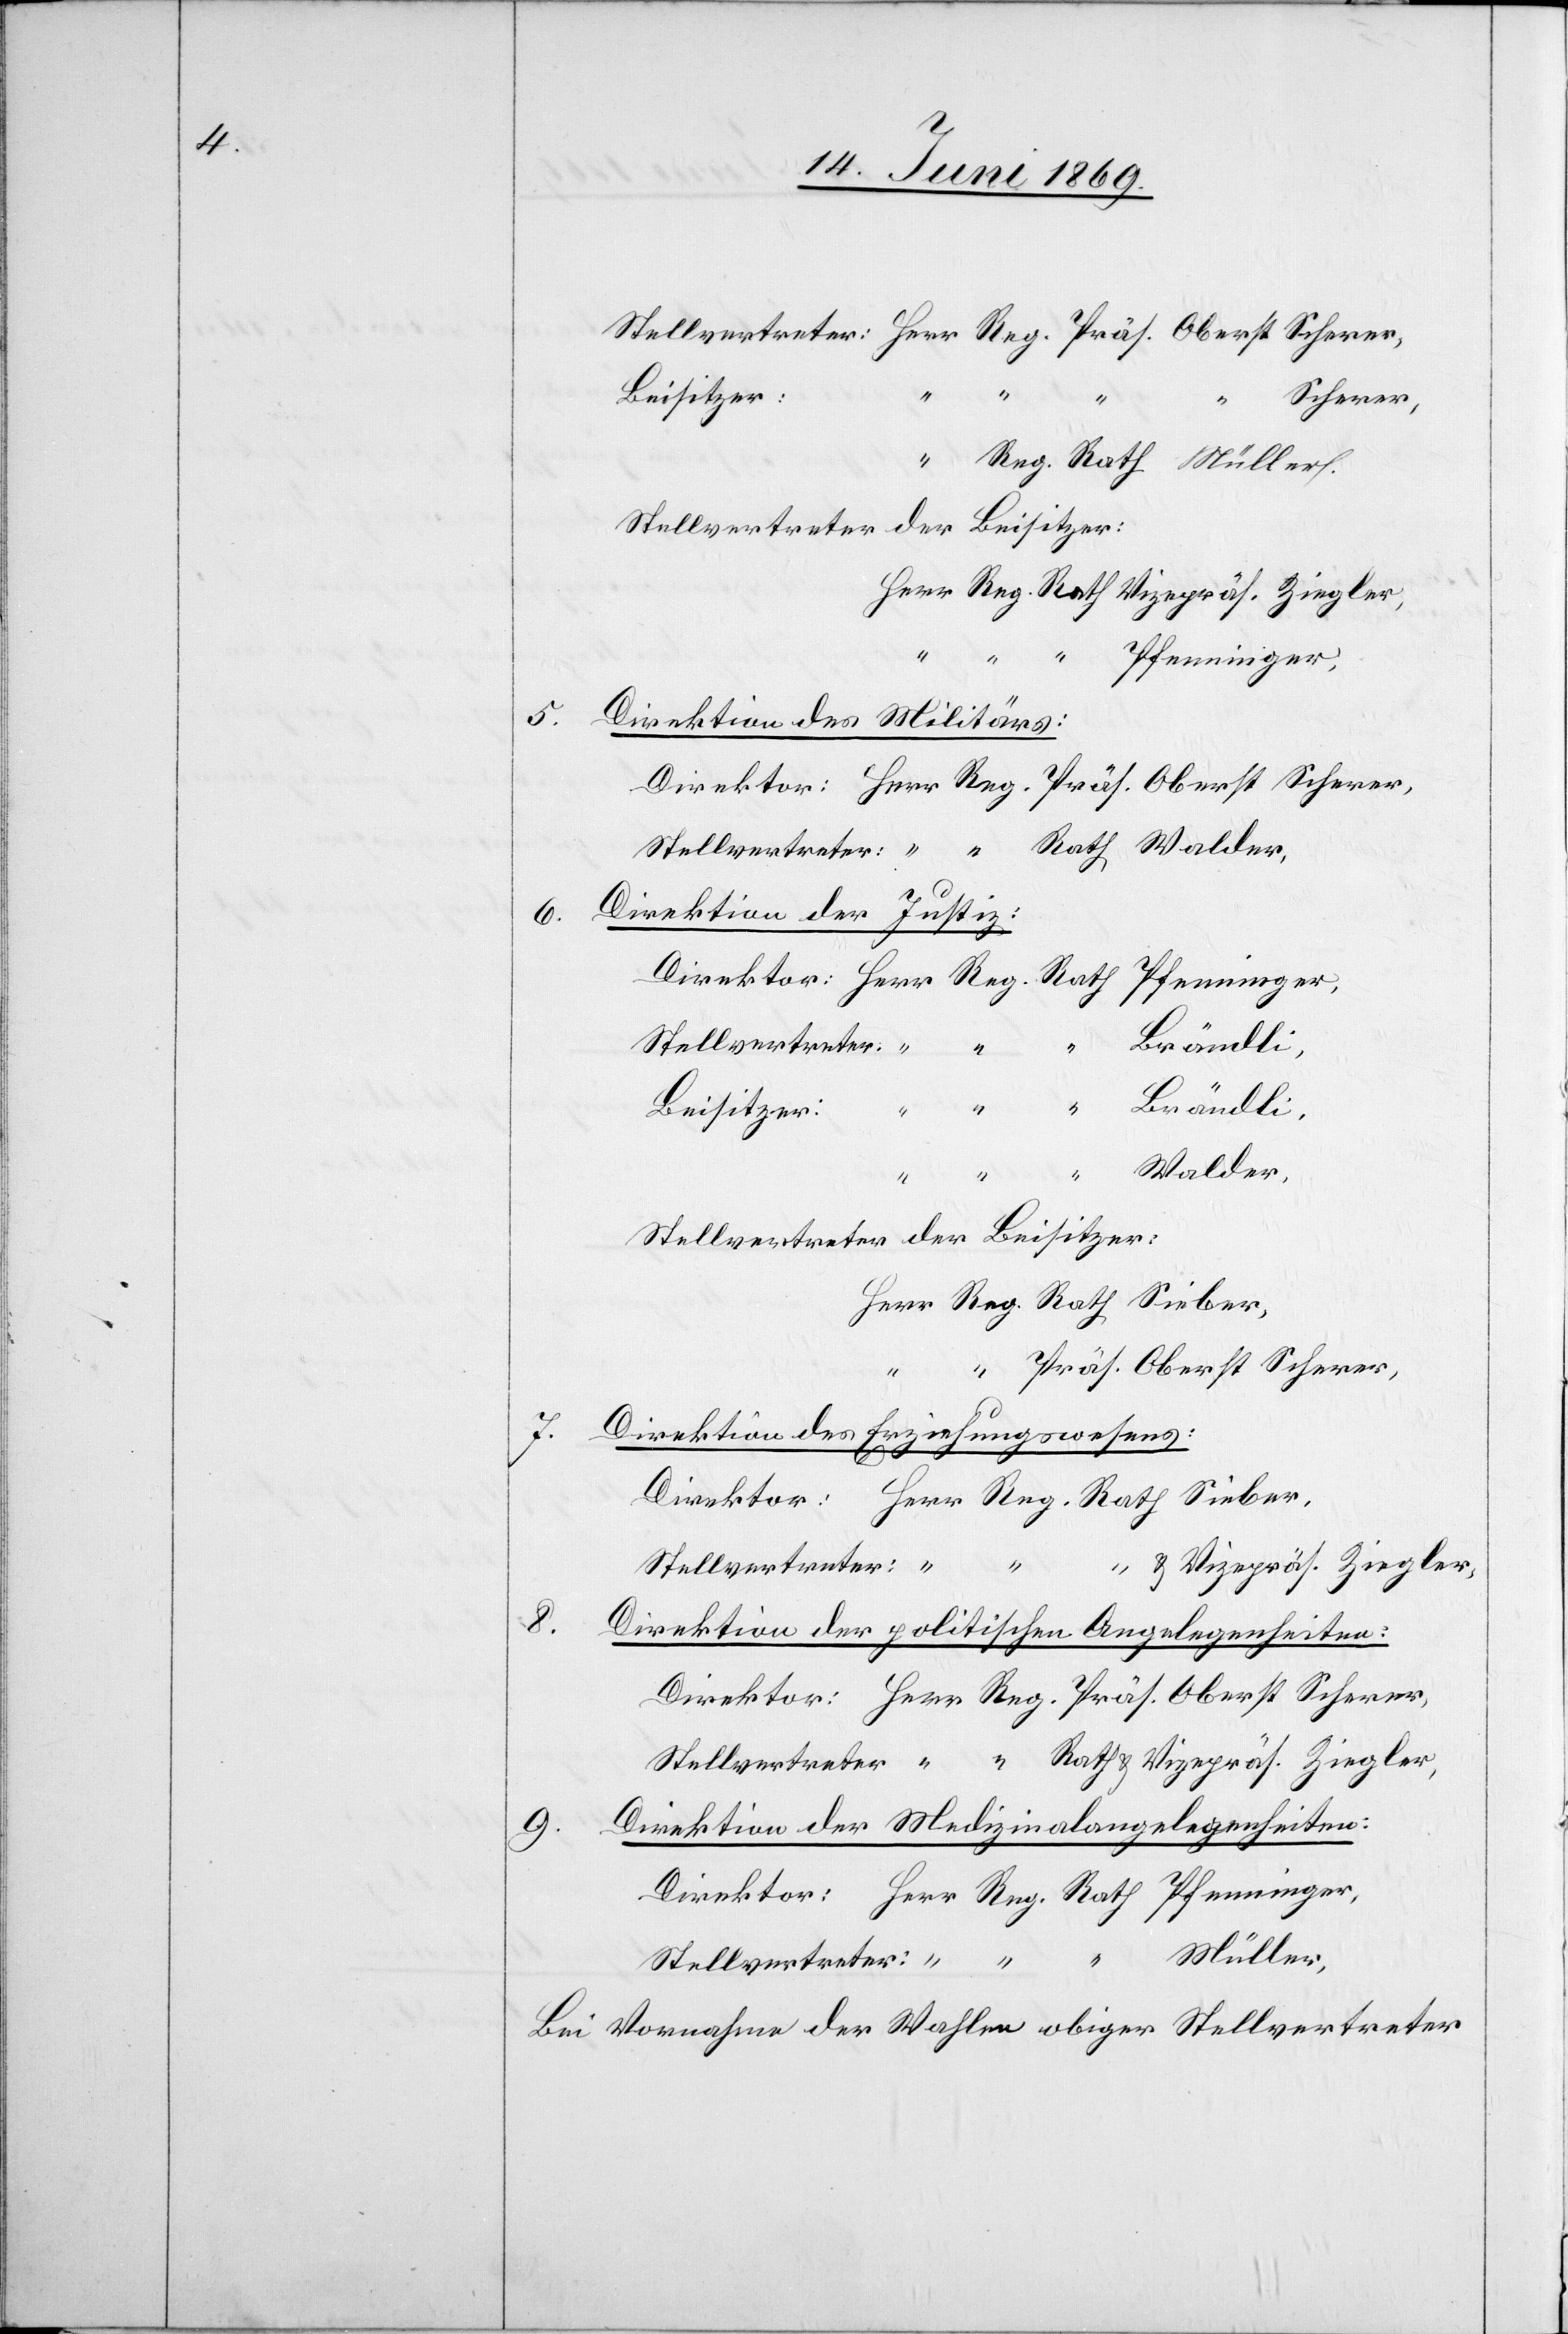
Stellvertreter:	Herr Reg. Präs. Oberst Scherer,
Beisitzer:
Scherer,
“
“
Stellvertreter der Beisitzer:
Herr Reg. Rath Vizepräs. Ziegler,
Pfenninger,
Direktion des Militärs:
Rath Walder,
Stellvertreter:	 “ “
Direktion der Justiz:
“ Brändli,
Walder,
[Herr Reg. Rath]
Stellvertreter der Beisitzer:
Herr Reg. Rath Sieber,
“ Präs. Oberst Scherer,
7.
Direktion des Erziehungswesens:
Direktor:
Herr Reg. Rath Sieber,
“ u. Vicepräs. Ziegler,
Stellvertreter:
8.
Direktion der politischen Angelegenheiten:
Direktor: 		Herr Reg. Präs. Oberst Scherer,
Stellvertreter: 	 “ “ Rath u. Vicepräs. Ziegler,
Direktion der Medizinalangelegenheiten:
9.
Direktor:		Herr Reg. Rath Pfenninger,
Müller,
Bei Vornahme der Wahlen obiger Stellvertreter

5.
6.